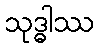
သုဒ္ဓါဿ